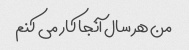
من هر سال آنجا کار می کنم